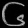
Digit: ၆